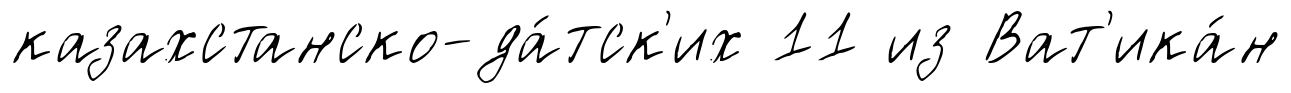
казахстанско-да́тск'их 11 из Ват'ика́н